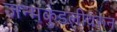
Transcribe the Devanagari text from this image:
जन्मकुंडलीवरून